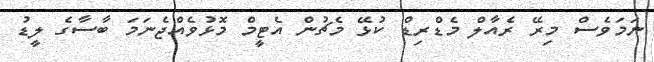
ނަމަވެސް މިރޭ ރެއާލް މެޑްރިޑް ކުޅޭ މެޗުން އެޓީމް މޮޅުވެއްޖެނަމަ ބާސާގެ ލީޑު